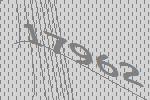
17962